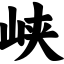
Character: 峡